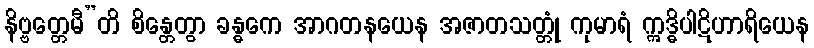
နိဗ္ဗတ္တေမီ”တိ စိန္တေတွာ ခန္ဓကေ အာဂတနယေန အဇာတသတ္တုံ ကုမာရံ ဣဒ္ဓိပါဋိဟာရိယေန